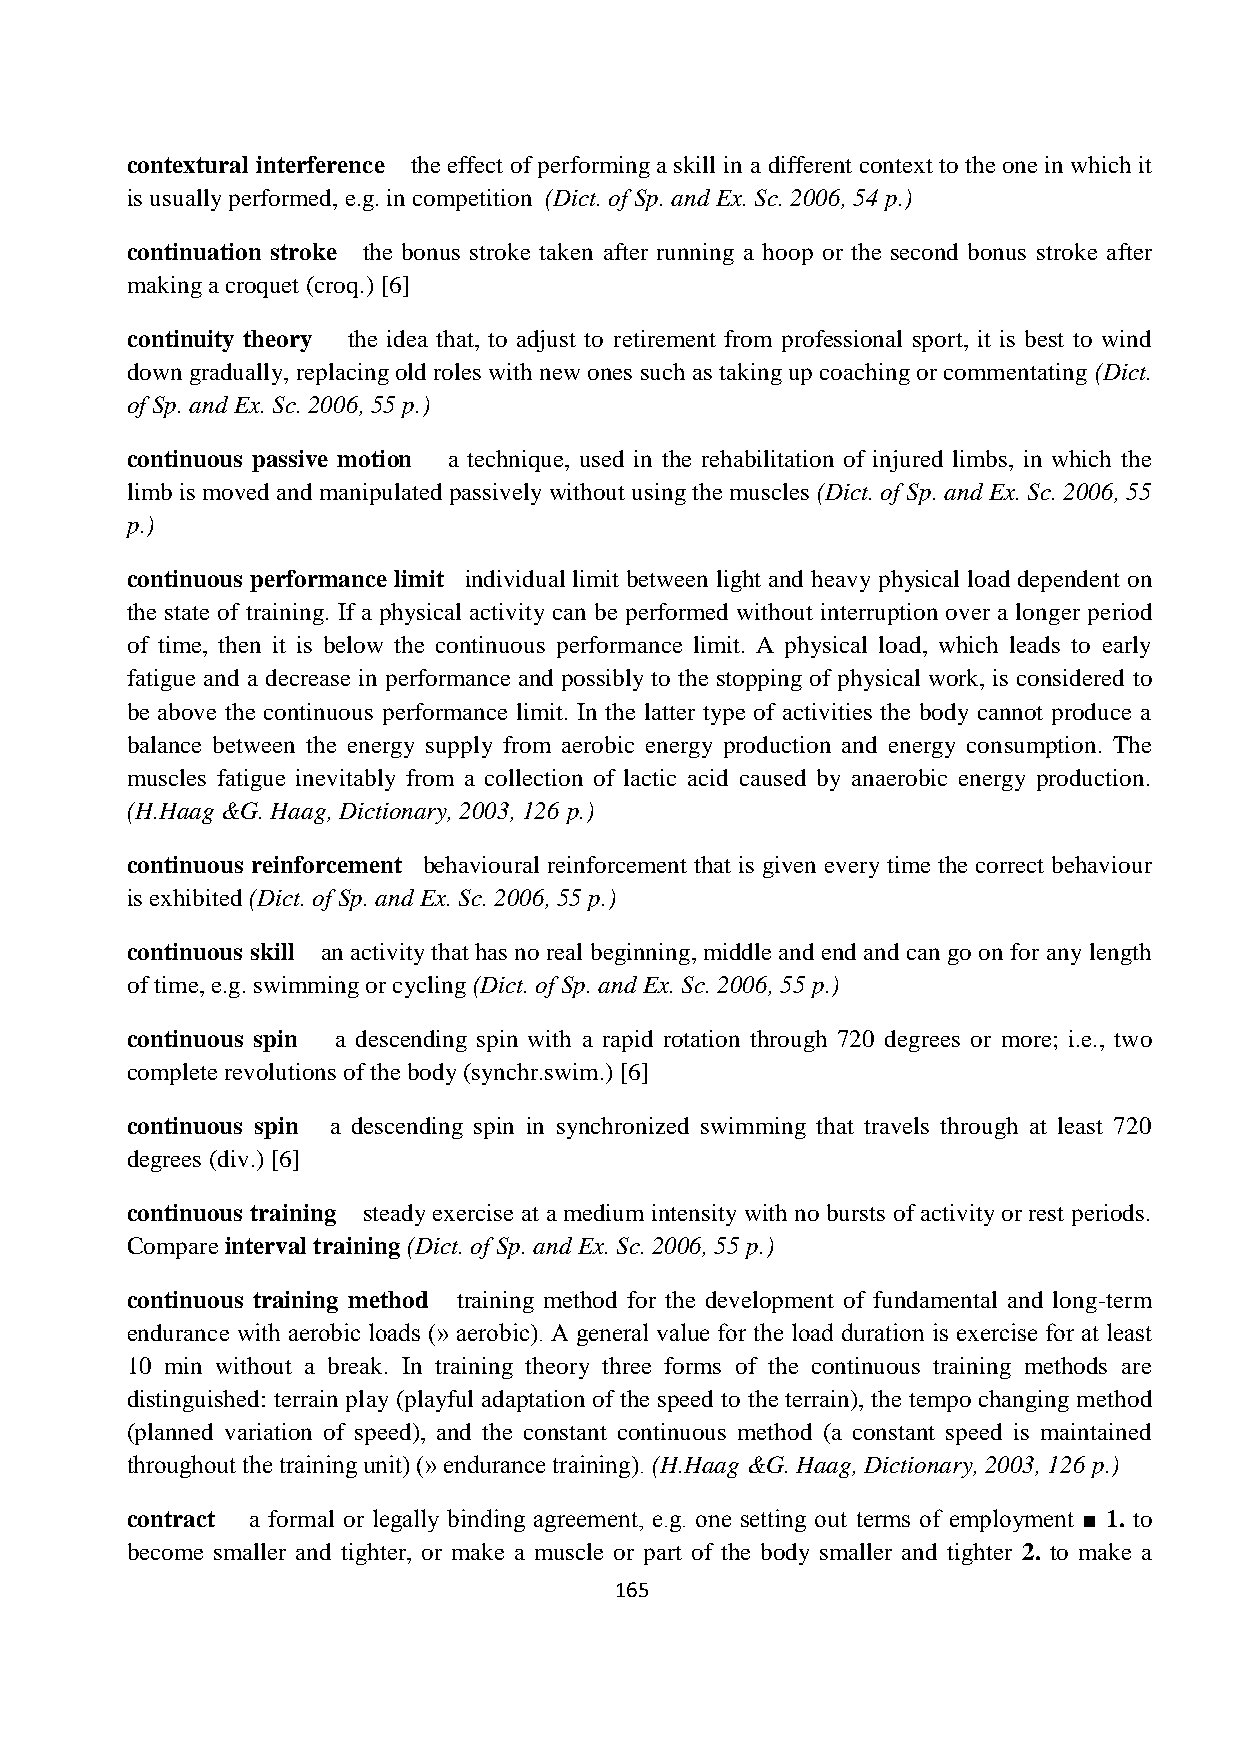
contextural interference the effect of performing a skill in a different context to the one in which it
 is usually performed, e.g. in competition (Dict. of Sp. and Ex. Sc. 2006, 54 p.)
 continuation stroke the bonus stroke taken after running a hoop or the second bonus stroke after
 making a croquet (croq.) [6]
 continuity theory the idea that, to adjust to retirement from professional sport, it is best to wind
 down gradually, replacing old roles with new ones such as taking up coaching or commentating (Dict.
 of Sp. and Ex. Sc. 2006, 55 p.)
 continuous passive motion a technique, used in the rehabilitation of injured limbs, in which the
 limb is moved and manipulated passively without using the muscles (Dict. of Sp. and Ex. Sc. 2006, 55
 p.)
 continuous performance limit individual limit between light and heavy physical load dependent on
 the state of training. If a physical activity can be performed without interruption over a longer period
 of time, then it is below the continuous performance limit. A physical load, which leads to early
 fatigue and a decrease in performance and possibly to the stopping of physical work, is considered to
 be above the continuous performance limit. In the latter type of activities the body cannot produce a
 balance between the energy supply from aerobic energy production and energy consumption. The
 muscles fatigue inevitably from a collection of lactic acid caused by anaerobic energy production.
 (H.Haag &G. Haag, Dictionary, 2003, 126 p.)
 continuous reinforcement behavioural reinforcement that is given every time the correct behaviour
 is exhibited (Dict. of Sp. and Ex. Sc. 2006, 55 p.)
 continuous skill an activity that has no real beginning, middle and end and can go on for any length
 of time, e.g. swimming or cycling (Dict. of Sp. and Ex. Sc. 2006, 55 p.)
 continuous spin a descending spin with a rapid rotation through 720 degrees or more; i.e., two
 complete revolutions of the body (synchr.swim.) [6]
 continuous spin a descending spin in synchronized swimming that travels through at least 720
 degrees (div.) [6]
 continuous training steady exercise at a medium intensity with no bursts of activity or rest periods.
 Compare interval training (Dict. of Sp. and Ex. Sc. 2006, 55 p.)
 continuous training method training method for the development of fundamental and long-term
 endurance with aerobic loads (» aerobic). A general value for the load duration is exercise for at least
 10 min without a break. In training theory three forms of the continuous training methods are
 distinguished: terrain play (playful adaptation of the speed to the terrain), the tempo changing method
 (planned variation of speed), and the constant continuous method (a constant speed is maintained
 throughout the training unit) (» endurance training). (H.Haag &G. Haag, Dictionary, 2003, 126 p.)
 contract a formal or legally binding agreement, e.g. one setting out terms of employment ■ 1. to
 become smaller and tighter, or make a muscle or part of the body smaller and tighter 2. to make a
 165